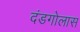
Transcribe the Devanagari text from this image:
दंडगोलास